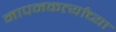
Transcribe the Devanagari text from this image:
मापनकर्त्यांच्या